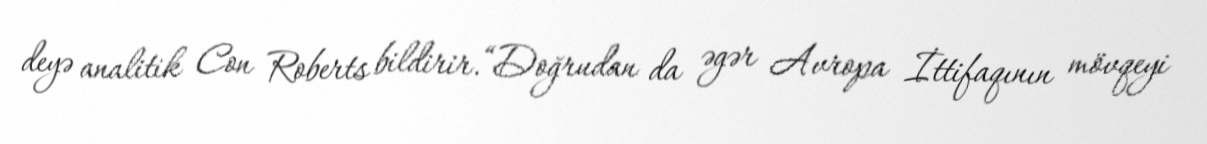
deyə analitik Con Roberts bildirir.“Doğrudan da əgər Avropa İttifaqının mövqeyi